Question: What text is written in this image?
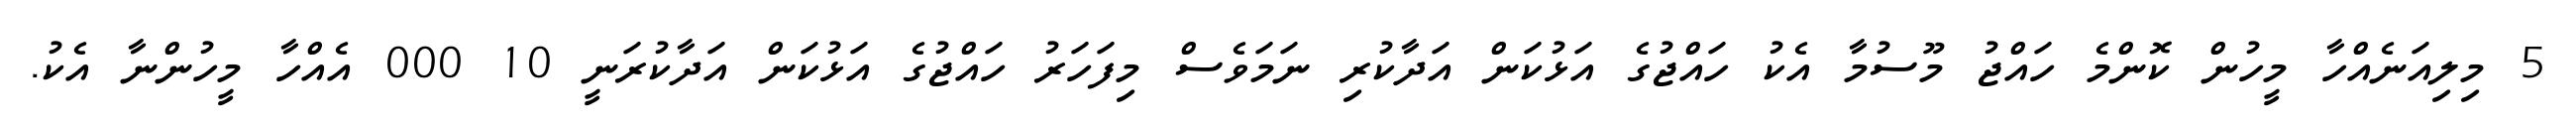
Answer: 5 މިލިއަނެއްހާ މީހުން ކޮންމެ ހައްޖު މޫސުމާ އެކު ހައްޖުގެ އަޅުކަން އަދާކުރި ނަމަވެސް މިފަހަރު ހައްޖުގެ އަޅުކަން އަދާކުރަނީ 10 000 އެއްހާ މީހުންނާ އެކު.